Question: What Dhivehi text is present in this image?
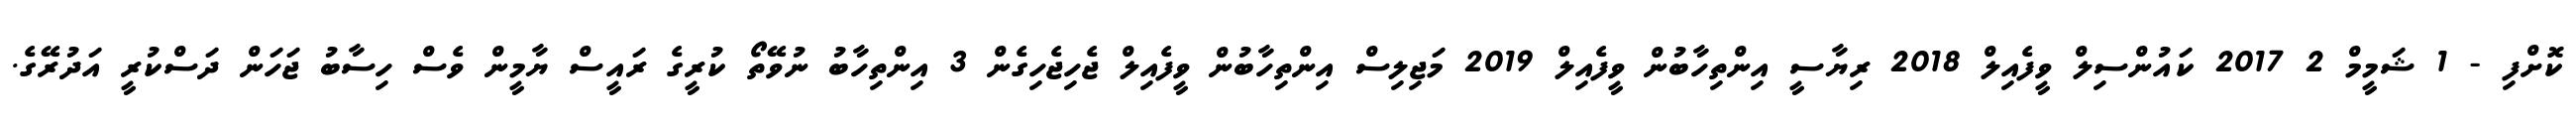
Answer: ކޮށްފި - 1 ޝަމީމް 2 2017 ކައުންސިލް ވީފެއިލް 2018 ރިޔާސީ އިންތިހާބުން ވީފެއިލް 2019 މަޖިލިސް އިންތިހާބުން ވީފެއިލް ޖެހިޖެހިގެން 3 އިންތިހާބު ނުވޭތޯ ކުރީގެ ރައީސް ޔާމީން ވެސް ހިސާބު ޖަހަން ދަސްކުރީ އަދުރޭގެ.